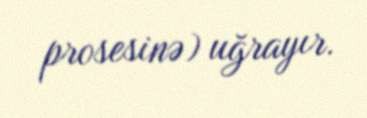
prosesinə) uğrayır.